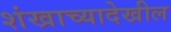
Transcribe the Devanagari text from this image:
शंखाच्यादेखील